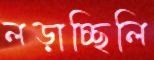
লড়াচ্ছিলি